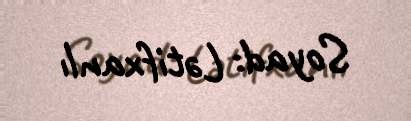
Soyad: Lətifxanlı